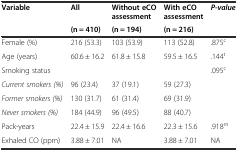
| <ROWSPAN=2> Variable | All | Without eCO assessment | With eCO assessment | <ROWSPAN=2> P-value |
 | (n = 410) | (n = 194) | (n = 216) |
 | --- | --- | --- | --- | --- |
 | Female (%) | 216 (53.3) | 103 (53.9) | 113 (52.8) | .875c |
 | Age (years) | 60.6 ± 16.2 | 61.8 ± 15.8 | 59.5 ± 16.5 | .144t |
 | Smoking status |  |  |  | .095c |
 | Current smokers (%) | 96 (23.4) | 37 (19.1) | 59 (27.3) |  |
 | Former smokers (%) | 130 (31.7) | 61 (31.4) | 69 (31.9) |  |
 | Never smokers (%) | 184 (44.9) | 96 (49.5) | 88 (40.7) |  |
 | Pack-years | 22.4 ± 15.9 | 22.4 ± 16.6 | 22.3 ± 15.6 | .918m |
 | Exhaled CO (ppm) | 3.88 ± 7.01 | NA | 3.88 ± 7.01 | NA |